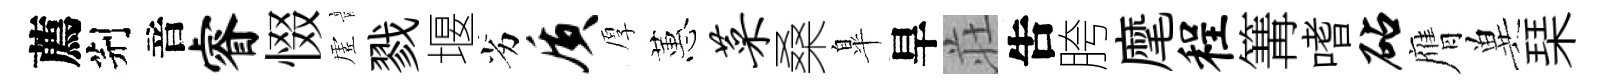
薦荆音睿惙虗戮堰劣质厚蕙菜桑臯旱荘吿胯麾程篝嗜砧膺兾琹